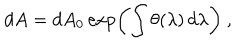
d A = d A _ { 0 } \exp \left( \int \theta ( \lambda ) \, d \lambda \right) \ ,